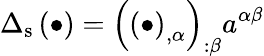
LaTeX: \Delta_{\mathrm{s}}\left(\bullet\right)=\left(\left(\bullet\right)_{,\alpha}\right)_{:\beta}a^{\alpha\beta}